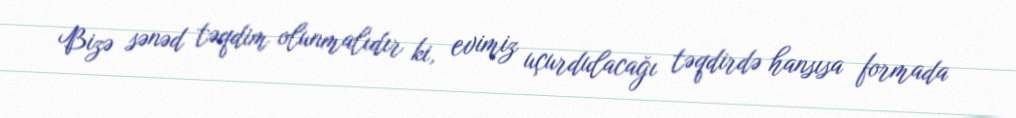
Bizə sənəd təqdim olunmalıdır ki, evimiz uçurdulacağı təqdirdə hansısa formada